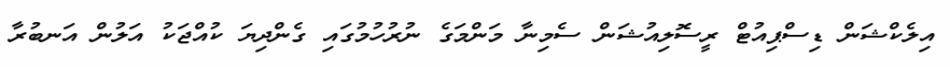
އިލެކްޝަން ޑިސްޕިއުޓް ރީސޮލިއުޝަން ސެމިނާ މަންމަގެ ނުރުހުމުގައި ގެންދިޔަ ކުއްޖަކު އަލުން އަނބުރާ